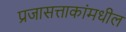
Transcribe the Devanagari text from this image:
प्रजासत्ताकांमधील